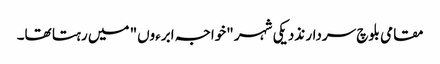
مقامی بلوچ سردار نذدیکی شہر "خواجہ ابرءوں" میں رہتا تھا۔